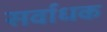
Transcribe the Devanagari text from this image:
सर्वाधक